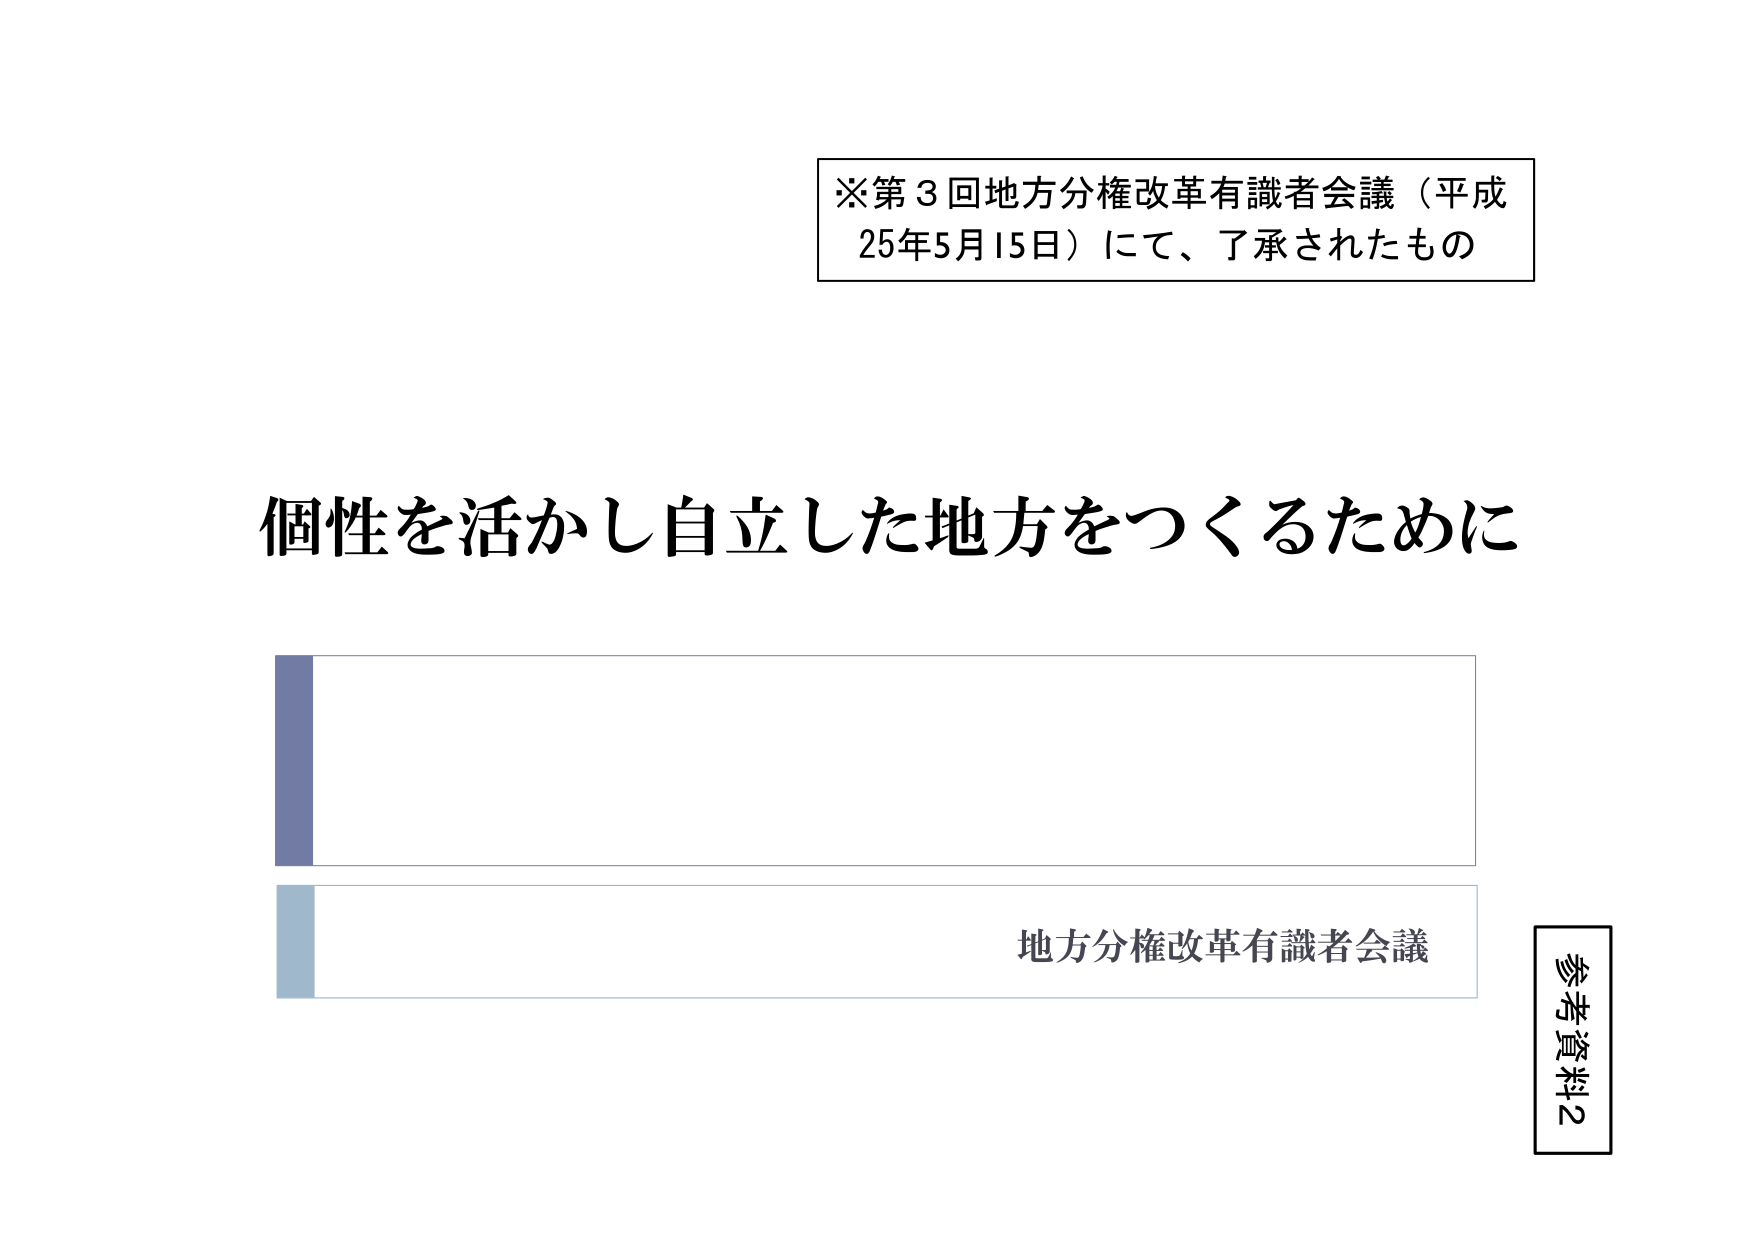
※第3回地方分権改革有識者会議（平成25年5月15日）にて、了承されたもの

個性を活かし自立した地方をつくるために

地方分権改革有識者会議

参考資料2